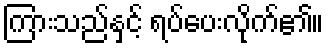
ကြားသည်နှင့် ရပ်ပေးလိုက်၏။